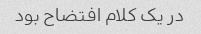
در یک کلام افتضاح بود